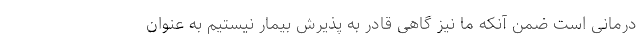
درمانی است ضمن آنکه ما نیز گاهی قادر به پذیرش بیمار نیستیم به عنوان